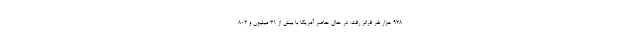
۹۲۸ هزار نفر فراتر رفت. در حال حاضر آمریکا با بیش از ۳۱ میلیون و ۸۰۲